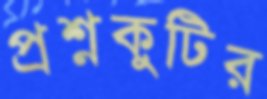
প্রশ্নকুটির